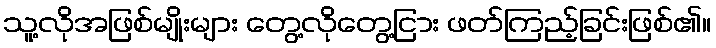
သူ့လိုအဖြစ်မျိုးများ တွေ့လိုတွေ့ငြား ဖတ်ကြည့်ခြင်းဖြစ်၏။